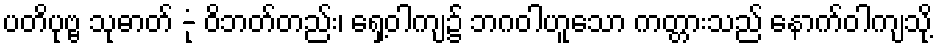
ပတိပုဗ္ဗ သုဓာတ် -ုံ ဝိဘတ်တည်း၊ ရှေ့ဝါကျ၌ ဘဂဝါဟူသော ကတ္တားသည် နောက်ဝါကျသို့